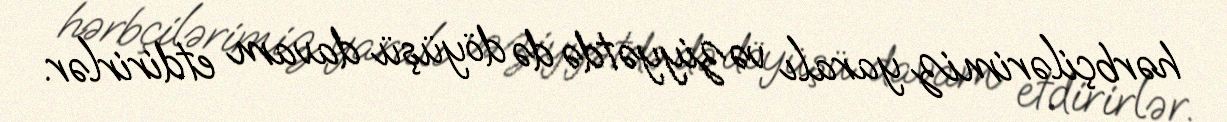
hərbçilərimiz yaralı vəziyyətdə də döyüşü davam etdirirlər.